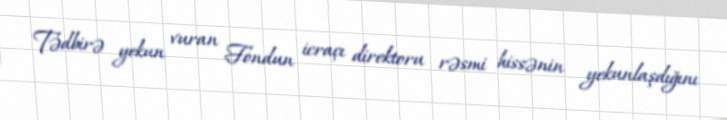
Tədbirə yekun vuran Fondun icraçı direktoru rəsmi hissənin yekunlaşdığını